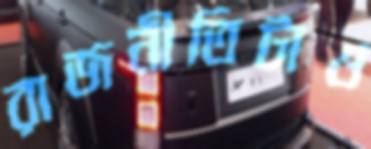
রাজনীতিটাও